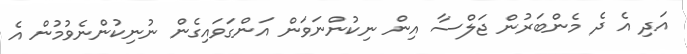
އަދި އެ ދެ މެންބަރުން ޖަލްސާ އިން ނިކުންނަވަން އަންގަވައިގެން ނުނިކުންނެވުމުން އެ